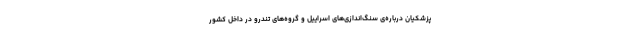
پزشکیان درباره‌ی سنگ‌اندازی‌های اسراییل و گروه‌های تندرو در داخل کشور